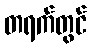
တရက်တွင်